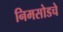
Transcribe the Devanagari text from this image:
निमसोडचे